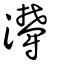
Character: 灪